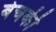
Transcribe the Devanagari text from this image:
बेचकी